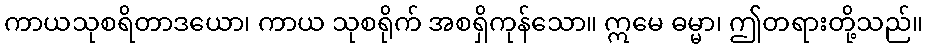
ကာယသုစရိတာဒယော၊ ကာယ သုစရိုက် အစရှိကုန်သော။ ဣမေ ဓမ္မာ၊ ဤတရားတို့သည်။